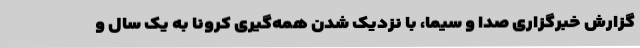
گزارش خبرگزاری صدا و سیما، با نزدیک شدن همه‌گیری کرونا به یک سال و